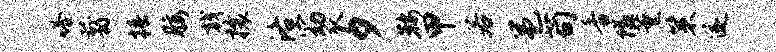
嗒翦椿腰戟攘洛窈瓜夕鞍甲若邕苟香隘薰策遂